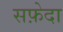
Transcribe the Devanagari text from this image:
सफ़ेदा